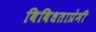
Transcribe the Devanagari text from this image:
विविधताप्रेमी